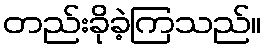
တည်းခိုခဲ့ကြသည်။